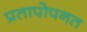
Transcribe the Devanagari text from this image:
प्रतापोपनत